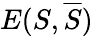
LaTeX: E(S,{\overline{{S}}})